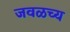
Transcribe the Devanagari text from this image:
जवळच्य